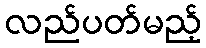
လည်ပတ်မည့်